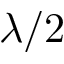
\lambda / 2